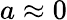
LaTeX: a\approx 0